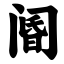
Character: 阍